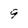
Character: 9